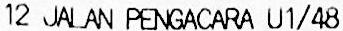
12 JALAN PENGACARA U1/48